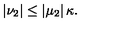
\left| \nu _ { 2 } \right| \leq \left| \mu _ { 2 } \right| \kappa .